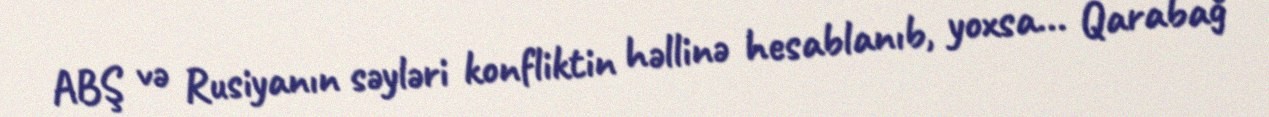
ABŞ və Rusiyanın səyləri konfliktin həllinə hesablanıb, yoxsa... Qarabağ